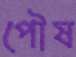
পৌষ